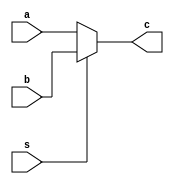
`timescale 1ns / 1ps
//////////////////////////////////////////////////////////////////////////////////
// Company: 
// Engineer: 
// 
// Design Name: 
// Module Name: mux
// Project Name: 
// Target Devices: 
// Tool Versions: 
// Description: 
// 
// Dependencies: 
// 
// Revision:
// Revision 0.01 - File Created
// Additional Comments:
// 
//////////////////////////////////////////////////////////////////////////////////
module mux(
    input  a,b,s,
    output c
    );
    assign c= s?b:a;
endmodule